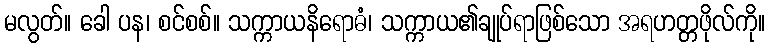
မလွတ်။ ခေါ ပန၊ စင်စစ်။ သက္ကာယနိရောဓံ၊ သက္ကာယ၏ချုပ်ရာဖြစ်သော အရဟတ္တဖိုလ်ကို။